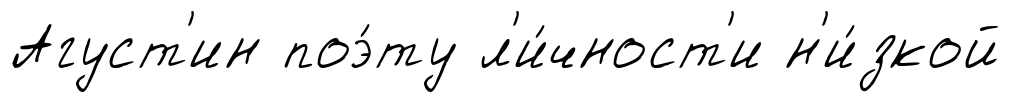
Агуст'ин поэ́ту л'и́чност'и н'и́зкой